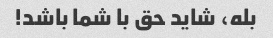
بله، شاید حق با شما باشد!